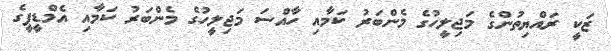
ޒަކީ ރައްޔިތުންގެ މަޖިލީހުގެ މެންބަރު ކަމާއި ހާއްސަ މަޖިލީހުގެ މެންބަރު ކަމާއި އެމްޑީޕީގެ